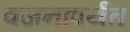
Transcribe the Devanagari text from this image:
वजनापर्यंत